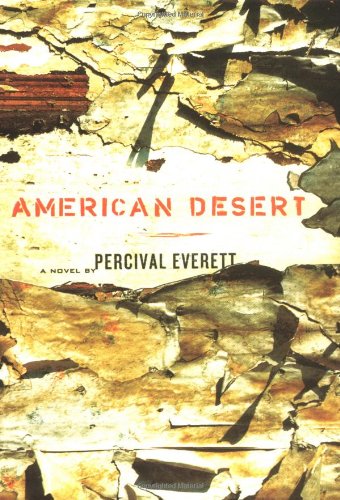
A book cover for American Desert; Percival Everett; Science Fiction & Fantasy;